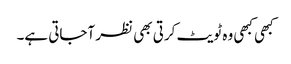
کبھی کبھی وہ ٹویٹ کرتی بھی نظر آجاتی ہے۔